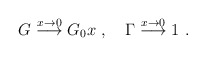
\begin{align*}G \stackrel{x \rightarrow 0}{\longrightarrow} G_0 x \ , \ \ \ \Gamma \stackrel{x \rightarrow 0}{\longrightarrow} 1 \ .\end{align*}